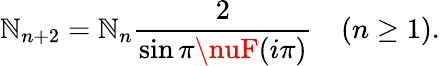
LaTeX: \mathbb{N}_{n+2}=\mathbb{N}_{n}\frac{{2}}{{\sin\pi\nuF(i\pi)}}\quad(n\geq1).